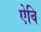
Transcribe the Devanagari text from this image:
ऐवि